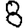
Digit: 8